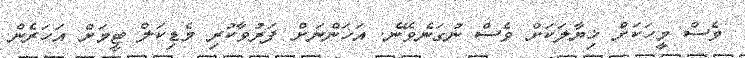
ވެސް މީހަކަށް ޚިޔާލަކަށް ވެސް ނުގަނެވޭނެ. އަހަންނަށް ފަރުވާކުރި މެޑިކަލް ޓީމަށް އަހަރެން